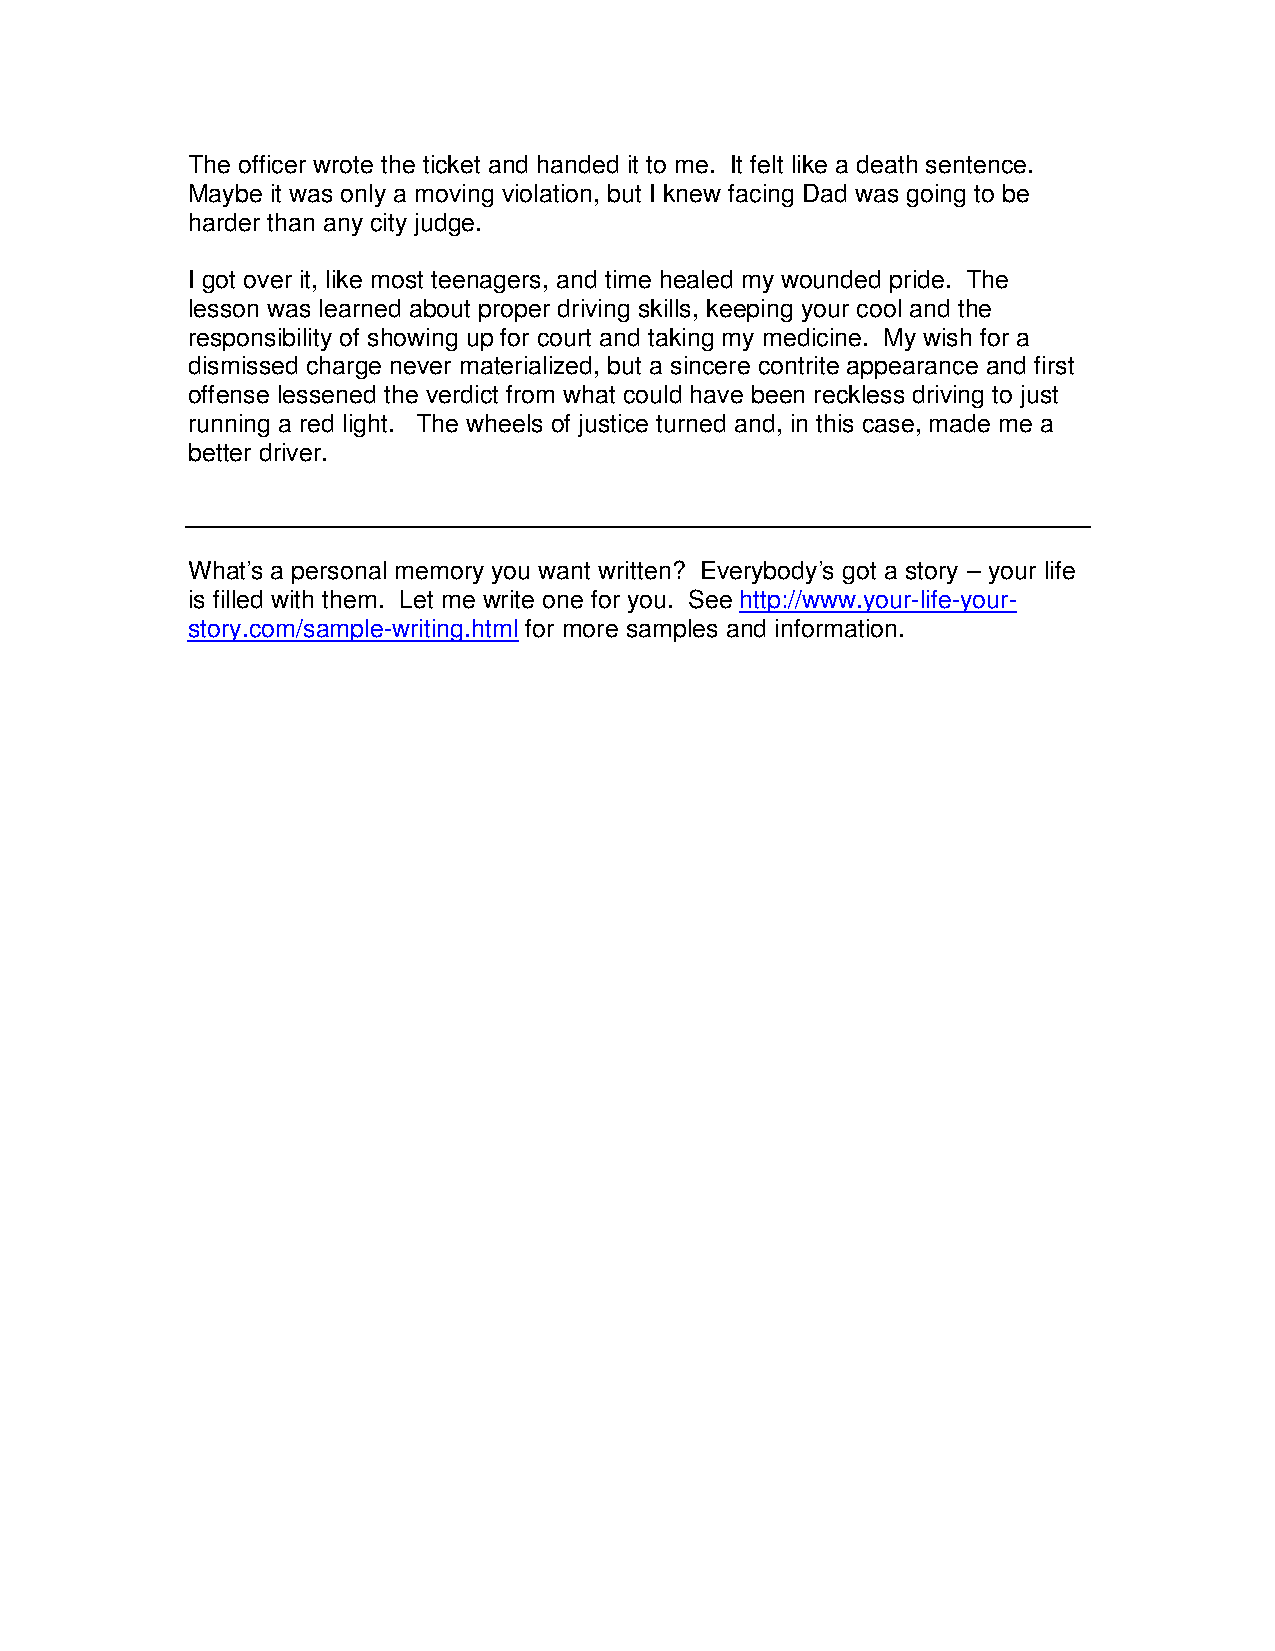
The officer wrote the ticket and handed it to me. It felt like a death sentence.
 Maybe it was only a moving violation, but I knew facing Dad was going to be
 harder than any city judge.
 I got over it, like most teenagers, and time healed my wounded pride. The
 lesson was learned about proper driving skills, keeping your cool and the
 responsibility of showing up for court and taking my medicine. My wish for a
 dismissed charge never materialized, but a sincere contrite appearance and first
 offense lessened the verdict from what could have been reckless driving to just
 running a red light. The wheels of justice turned and, in this case, made me a
 better driver.
 What’s a personal memory you want written? Everybody’s got a story – your life
 is filled with them. Let me write one for you. See http://www.your-life-your-
 story.com/sample-writing.html for more samples and information.